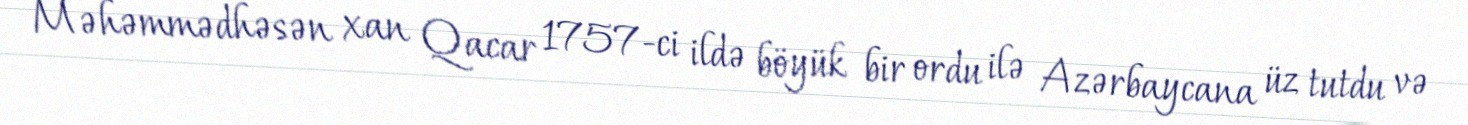
Məhəmmədhəsən xan Qacar 1757-ci ildə böyük bir ordu ilə Azərbaycana üz tutdu və